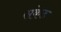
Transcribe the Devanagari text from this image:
सकेड